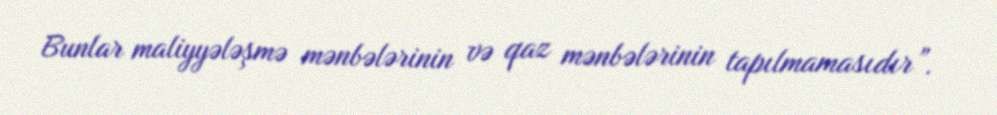
Bunlar maliyyələşmə mənbələrinin və qaz mənbələrinin tapılmamasıdır”.